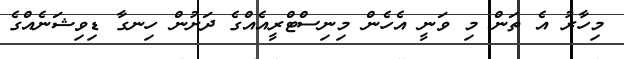
މިހާރު އެ ތަން މި ވަނީ އެހެން މިނިސްޓްރީއެއްގެ ދަށުން ހިނގާ ޑިވިޝަނެއްގެ